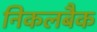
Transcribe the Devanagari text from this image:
निकलबैक